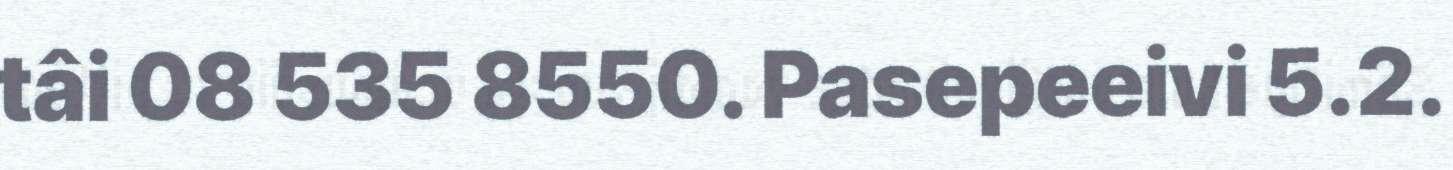
tâi 08 535 8550. Pasepeeivi 5.2.